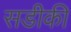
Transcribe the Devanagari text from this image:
सडीकी